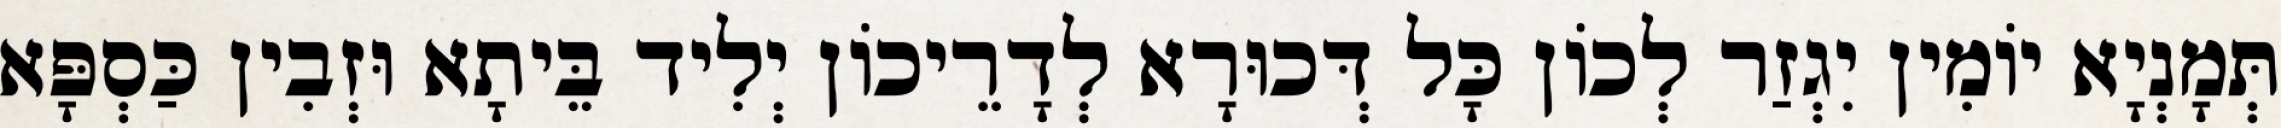
תְּמָנְיָא יוֹמִין יִגְזַר לְכוֹן כָּל דְּכוּרָא לְדָרֵיכוֹן יְלִיד בֵּיתָא וּזְבִין כַּסְפָּא